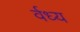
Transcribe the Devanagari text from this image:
र्वध्य